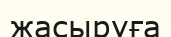
жасыруға